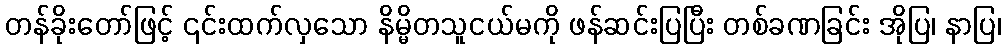
တန်ခိုးတော်ဖြင့် ၎င်းထက်လှသော နိမ္မိတသူငယ်မကို ဖန်ဆင်းပြပြီး တစ်ခဏခြင်း အိုပြ၊ နာပြ၊